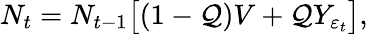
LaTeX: N_{t}=N_{t-1}\big[(1-\mathcal{Q})V+\mathcal{Q}Y_{\varepsilon_{t}}\big],